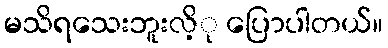
မသိရသေးဘူးလိ့ု ပြောပါတယ်။